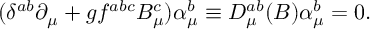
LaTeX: ( \delta ^ { a b } \partial _ { \mu } + g f ^ { a b c } B _ { \mu } ^ { c } ) \alpha _ { \mu } ^ { b } \equiv D _ { \mu } ^ { a b } ( B ) \alpha _ { \mu } ^ { b } = 0 .